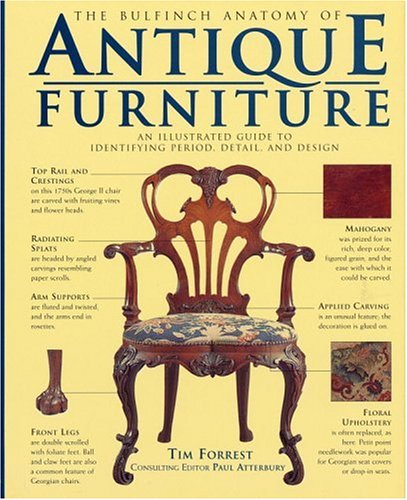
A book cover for The Bulfinch Anatomy of Antique Furniture: An Illustrated Guide to Identifying Period, Detail, and Design; Paul Atterbury; Crafts, Hobbies & Home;